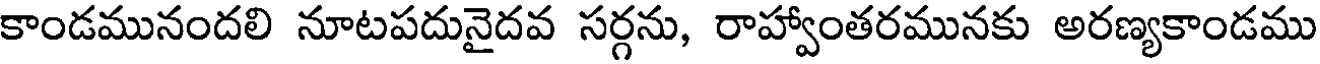
కాండమునందలి నూటపదునైదవ సర్గను, రాహ్వాంతరమునకు అరణ్యకాండము